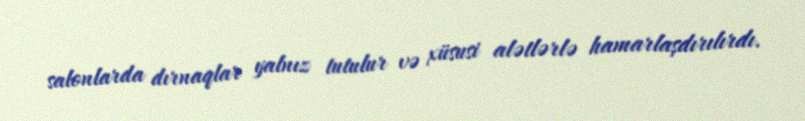
salonlarda dırnaqlar yalnız tutulur və xüsusi alətlərlə hamarlaşdırılırdı.